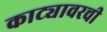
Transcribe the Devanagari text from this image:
काट्यावरची